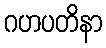
ဂဟပတိနာ